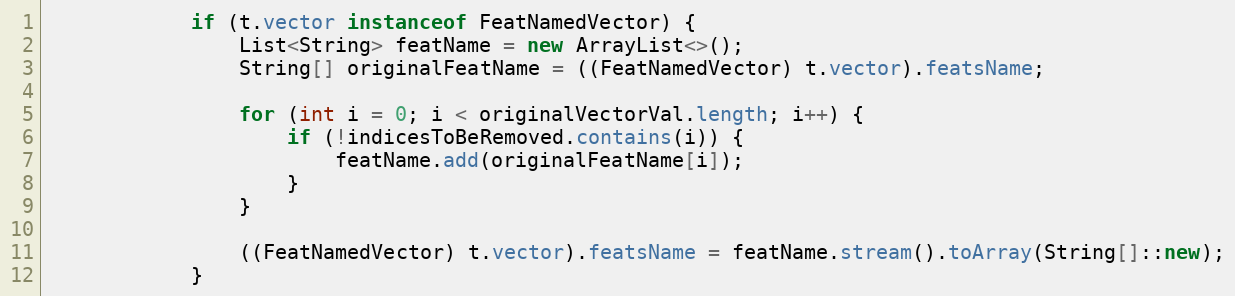
Language: Java
            if (t.vector instanceof FeatNamedVector) {
                List<String> featName = new ArrayList<>();
                String[] originalFeatName = ((FeatNamedVector) t.vector).featsName;

                for (int i = 0; i < originalVectorVal.length; i++) {
                    if (!indicesToBeRemoved.contains(i)) {
                        featName.add(originalFeatName[i]);
                    }
                }

                ((FeatNamedVector) t.vector).featsName = featName.stream().toArray(String[]::new);
            }